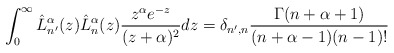
\begin{align*}\int_0^{\infty}\hat{L}_{n^{\prime}}^{\alpha}(z)\hat{L}_n^{\alpha}(z)\frac{z^{\alpha}e^{-z}}{(z+\alpha)^2}dz=\delta_{n^{\prime},n}\frac{\Gamma(n+\alpha+1)}{(n+\alpha-1)(n-1)!}\end{align*}